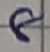
Text: 8